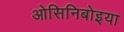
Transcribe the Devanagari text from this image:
ओसिनिबोइया